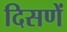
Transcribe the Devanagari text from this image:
दिसणें